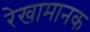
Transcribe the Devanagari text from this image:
रेखामानक